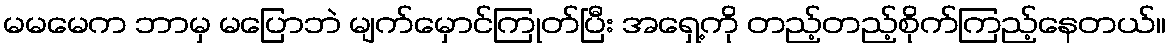
မမမေက ဘာမှ မပြောဘဲ မျက်မှောင်ကြုတ်ပြီး အရှေ့ကို တည့်တည့်စိုက်ကြည့်နေတယ်။